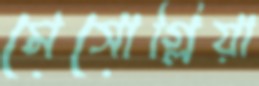
মেসোগ্লিয়া